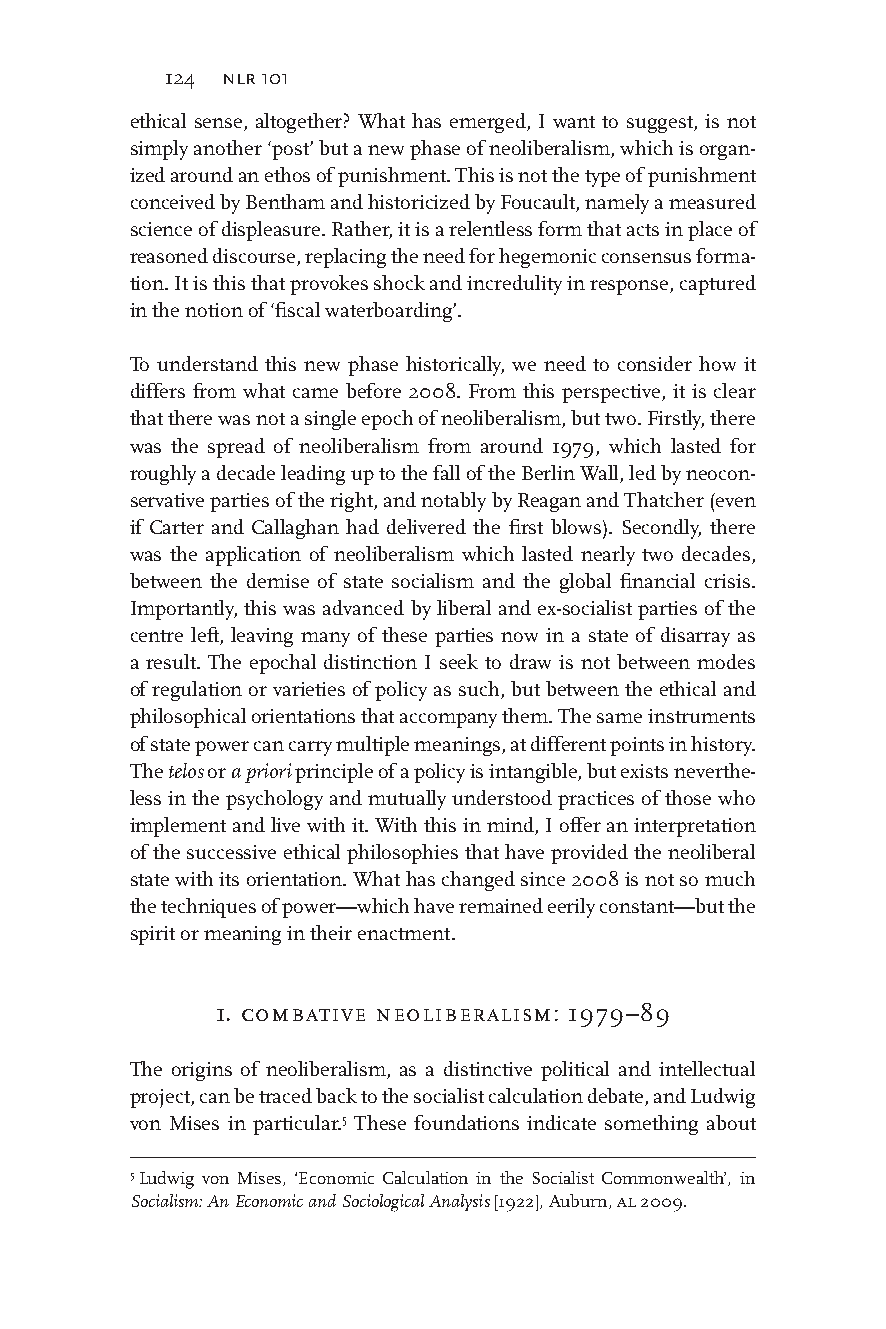
124 nlr 101
 ethical sense, altogether? What has emerged, I want to suggest, is not
 simply another ‘post’ but a new phase of neoliberalism, which is organ-
 ized around an ethos of punishment. This is not the type of punishment
 conceived by Bentham and historicized by Foucault, namely a measured
 science of displeasure. Rather, it is a relentless form that acts in place of
 reasoned discourse, replacing the need for hegemonic consensus forma-
 tion. It is this that provokes shock and incredulity in response, captured
 in the notion of ‘fiscal waterboarding’.
 To understand this new phase historically, we need to consider how it
 differs from what came before 2008. From this perspective, it is clear
 that there was not a single epoch of neoliberalism, but two. Firstly, there
 was the spread of neoliberalism from around 1979, which lasted for
 roughly a decade leading up to the fall of the Berlin Wall, led by neocon-
 servative parties of the right, and notably by Reagan and Thatcher (even
 if Carter and Callaghan had delivered the first blows). Secondly, there
 was the application of neoliberalism which lasted nearly two decades,
 between the demise of state socialism and the global financial crisis.
 Importantly, this was advanced by liberal and ex-socialist parties of the
 centre left, leaving many of these parties now in a state of disarray as
 a result. The epochal distinction I seek to draw is not between modes
 of regulation or varieties of policy as such, but between the ethical and
 philosophical orientations that accompany them. The same instruments
 of state power can carry multiple meanings, at different points in history.
 The telos or a priori principle of a policy is intangible, but exists neverthe-
 less in the psychology and mutually understood practices of those who
 implement and live with it. With this in mind, I offer an interpretation
 of the successive ethical philosophies that have provided the neoliberal
 state with its orientation. What has changed since 2008 is not so much
 the techniques of power—which have remained eerily constant—but the
 spirit or meaning in their enactment.
 1. combative neoliberalism: 1979–89
 The origins of neoliberalism, as a distinctive political and intellectual
 project, can be traced back to the socialist calculation debate, and Ludwig
 von Mises in particular.5 These foundations indicate something about
 5 Ludwig von Mises, ‘Economic Calculation in the Socialist Commonwealth’, in
 Socialism: An Economic and Sociological Analysis [1922], Auburn, al 2009.